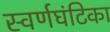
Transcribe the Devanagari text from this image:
स्वर्णघंटिका